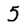
Character: 5